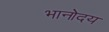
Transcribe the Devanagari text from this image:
भानोदय